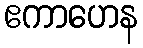
ဧကာဟေန